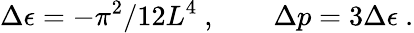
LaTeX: \Delta\epsilon=-\pi^{2}/12L^{4}\ ,\qquad\Delta p=3\Delta\epsilon\ .